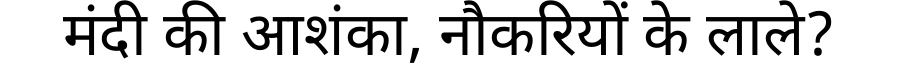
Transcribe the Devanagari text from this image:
मंदी की आशंका, नौकरियों के लाले?